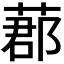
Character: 𦵼